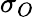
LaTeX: \sigma_{O}